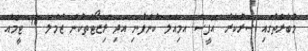
މުބާރާތުގައި ސަރުކާރު އޮފީސް އަމިއްލަ ކުންފުނި އަދި ރިޒޯޓްތަކުން ޖުމްލަ 18 ޓީމެއް